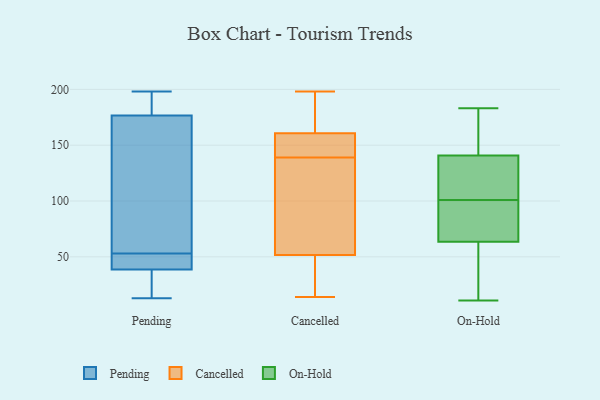
{"axis": {"x": "Inventory Turnover", "y": "Value"}, "legend": ["Cancelled", "On-Hold", "Pending"], "data": [{"x": "", "y": 143, "type": "Pending"}, {"x": "", "y": 53, "type": "Pending"}, {"x": "", "y": 178, "type": "Pending"}, {"x": "", "y": 13, "type": "Pending"}, {"x": "", "y": 14, "type": "Pending"}, {"x": "", "y": 193, "type": "Pending"}, {"x": "", "y": 38, "type": "Pending"}, {"x": "", "y": 45, "type": "Pending"}, {"x": "", "y": 87, "type": "Pending"}, {"x": "", "y": 39, "type": "Pending"}, {"x": "", "y": 198, "type": "Pending"}, {"x": "", "y": 176, "type": "Pending"}, {"x": "", "y": 50, "type": "Pending"}, {"x": "", "y": 192, "type": "Cancelled"}, {"x": "", "y": 198, "type": "Cancelled"}, {"x": "", "y": 184, "type": "Cancelled"}, {"x": "", "y": 14, "type": "Cancelled"}, {"x": "", "y": 153, "type": "Cancelled"}, {"x": "", "y": 42, "type": "Cancelled"}, {"x": "", "y": 39, "type": "Cancelled"}, {"x": "", "y": 55, "type": "Cancelled"}, {"x": "", "y": 71, "type": "Cancelled"}, {"x": "", "y": 139, "type": "Cancelled"}, {"x": "", "y": 142, "type": "Cancelled"}, {"x": "", "y": 144, "type": "Cancelled"}, {"x": "", "y": 76, "type": "Cancelled"}, {"x": "", "y": 161, "type": "On-Hold"}, {"x": "", "y": 46, "type": "On-Hold"}, {"x": "", "y": 143, "type": "On-Hold"}, {"x": "", "y": 17, "type": "On-Hold"}, {"x": "", "y": 165, "type": "On-Hold"}, {"x": "", "y": 88, "type": "On-Hold"}, {"x": "", "y": 116, "type": "On-Hold"}, {"x": "", "y": 71, "type": "On-Hold"}, {"x": "", "y": 173, "type": "On-Hold"}, {"x": "", "y": 81, "type": "On-Hold"}, {"x": "", "y": 134, "type": "On-Hold"}, {"x": "", "y": 61, "type": "On-Hold"}, {"x": "", "y": 110, "type": "On-Hold"}, {"x": "", "y": 101, "type": "On-Hold"}, {"x": "", "y": 11, "type": "On-Hold"}, {"x": "", "y": 107, "type": "On-Hold"}, {"x": "", "y": 183, "type": "On-Hold"}, {"x": "", "y": 23, "type": "On-Hold"}, {"x": "", "y": 83, "type": "On-Hold"}]}